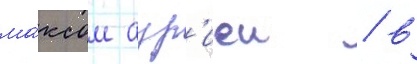
ма́ксом азр'иеи / в